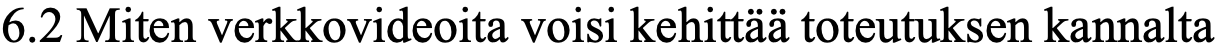
6.2 Miten verkkovideoita voisi kehittää toteutuksen kannalta